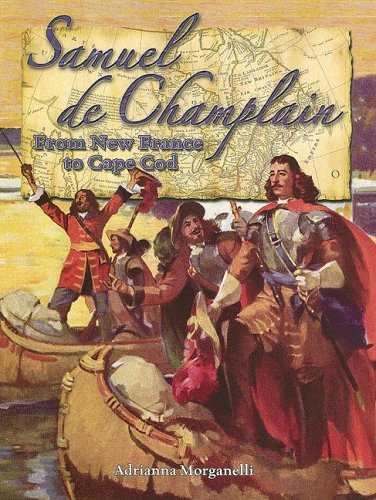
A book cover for Samuel De Champlain: From New France to Cape Cod (In the Footsteps of Explorers); Adrianna Morganelli; Children's Books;